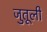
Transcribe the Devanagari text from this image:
जुतूली